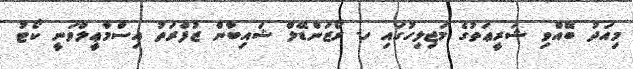
މިއަދު ބޭއްވި ޝަރީޢަތުގެ މަޖިލިހުގައި ހ. ރޯޒަންޑޭލް ޝައިބާން ޒުފްރަތު އިސްމާޢީލްވަނީ ކޯޓު